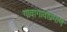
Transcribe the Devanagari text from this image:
गावागावाप्रमाणे